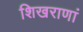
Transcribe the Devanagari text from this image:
शिखराणां